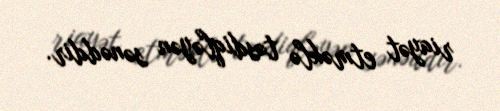
riayət etməklə təsdiqləyən sənəddir.